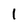
Character: 1